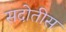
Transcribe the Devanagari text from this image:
सदोतीस